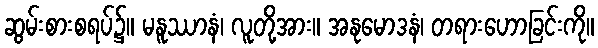
ဆွမ်းစားစရပ်၌။ မနူဿာနံ၊ လူတို့အား။ အနုမောဒနံ၊ တရားဟောခြင်းကို။